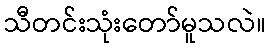
သီတင်းသုံးတော်မူသလဲ။